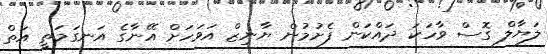
ލަޔާލް ގޮސް ވާހަކަ ދައްކަން ފެށުމުން ޔާނިޒް އަވަހަށް އޭނާގެ އަނގަމަތީ އަތް